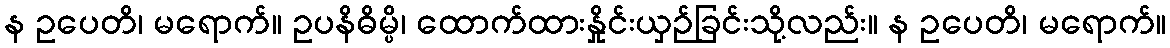
န ဥပေတိ၊ မရောက်။ ဥပနိဓိမ္ပိ၊ ထောက်ထားနှိုင်းယှဉ်ခြင်းသို့လည်း။ န ဥပေတိ၊ မရောက်။